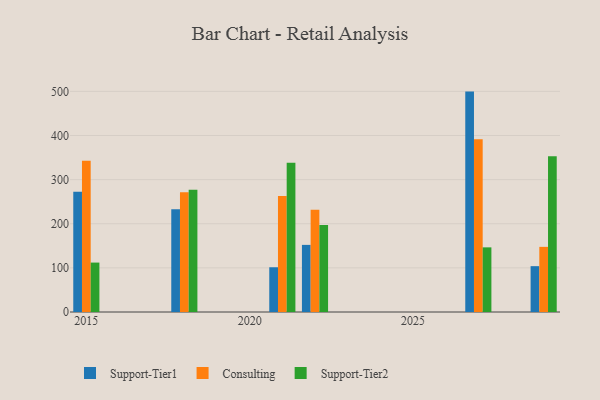
{"axis": {"x": "Year", "y": "Waste Production (Tons)"}, "legend": ["Consulting", "Support-Tier1", "Support-Tier2"], "data": [{"x": "2029", "y": 103.9, "type": "Support-Tier1"}, {"x": "2029", "y": 147.6, "type": "Consulting"}, {"x": "2029", "y": 352.8, "type": "Support-Tier2"}, {"x": "2022", "y": 152.1, "type": "Support-Tier1"}, {"x": "2022", "y": 231.7, "type": "Consulting"}, {"x": "2022", "y": 197.4, "type": "Support-Tier2"}, {"x": "2015", "y": 272.3, "type": "Support-Tier1"}, {"x": "2015", "y": 342.8, "type": "Consulting"}, {"x": "2015", "y": 112.0, "type": "Support-Tier2"}, {"x": "2027", "y": 499.5, "type": "Support-Tier1"}, {"x": "2027", "y": 391.7, "type": "Consulting"}, {"x": "2027", "y": 146.5, "type": "Support-Tier2"}, {"x": "2021", "y": 101.4, "type": "Support-Tier1"}, {"x": "2021", "y": 263.0, "type": "Consulting"}, {"x": "2021", "y": 338.1, "type": "Support-Tier2"}, {"x": "2018", "y": 233.0, "type": "Support-Tier1"}, {"x": "2018", "y": 271.2, "type": "Consulting"}, {"x": "2018", "y": 276.9, "type": "Support-Tier2"}]}